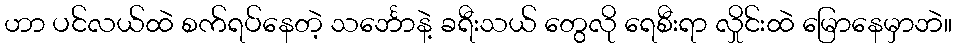
ဟာ ပင်လယ်ထဲ စက်ရပ်နေတဲ့ သင်္ဘောနဲ့ ခရီးသယ် တွေလို ရေစီးရာ လှိုင်းထဲ မြောနေမှာဘဲ။